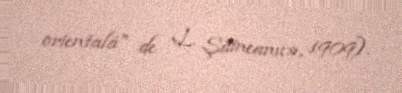
orientalä" de L. Şäineanu», 1909).